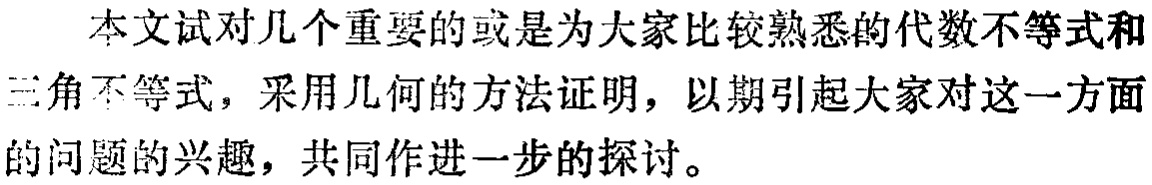
本文试对几个重要的或是为大家比较熟悉的代数不等式和三角不等式，采用几何的方法证明，以期引起大家对这一方面的问题的兴趣，共同作进一步的探讨。